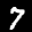
Label: 7